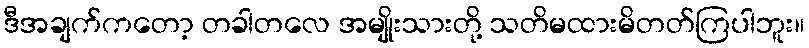
ဒီအချက်ကတော့ တခါတလေ အမျိုးသားတို့ သတိမထားမိတတ်ကြပါဘူး။